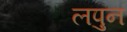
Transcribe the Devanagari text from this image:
लपुन